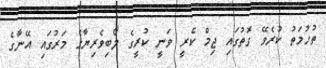
ތުހުމަތު ކުރެވޭ ގޮތުގައި ޖިމް ކެރީ ވަނީ ކުރީގެ ލޯބިވެރިޔާގެ މަރުގައި އޭނާގެ